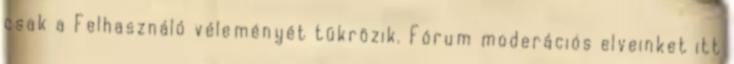
csak a Felhasználó véleményét tükrözik. Fórum moderációs elveinket itt